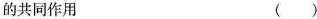
的共同作用 ( )